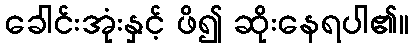
ခေါင်းအုံးနှင့် ဖိ၍ ဆိုးနေရပါ၏။